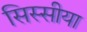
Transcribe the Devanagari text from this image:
सिस्सीया